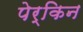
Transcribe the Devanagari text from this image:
पेर्किन